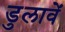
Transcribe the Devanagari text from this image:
डुलावें